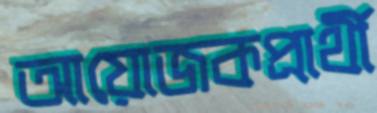
আয়োজকপ্রার্থী